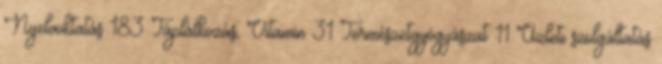
Nyelvoktatás 183 Táplálkozás, Vitamin 31 Természetgyógyászat 11 Üzleti szolgáltatás